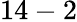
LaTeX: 14-2